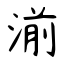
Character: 湔